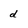
Character: d